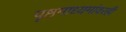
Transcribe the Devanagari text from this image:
पृष्ठमाध्यमांवरही